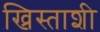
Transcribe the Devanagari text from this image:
ख्रिस्ताशी